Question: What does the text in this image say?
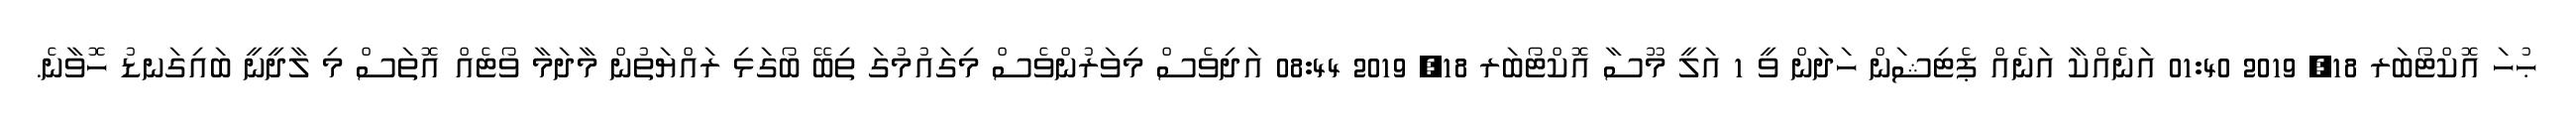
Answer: ޙުހަ އޮކްޓޯބަރ 18, 2019 01:40 އަނެއްކާ އަނެއް ޕެޓިޝަން ހަދަން ވީ 1 އަލީ މޫސާ އޮކްޓޯބަރ 18, 2019 08:44 އަދިވެސް މިވަރުންވެސް މިގައުމުގަ ތިބޭ ބޯގަޅި ރައްޔަތުން މާދަމާ ވޯޓެއް އޮތަސް މި ލާދީނީ ބައިގަނޑު ހޮވާނެ.